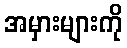
အမှားများကို